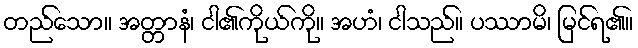
တည်သော။ အတ္တာနံ၊ ငါ၏ကိုယ်ကို။ အဟံ၊ ငါသည်။ ပဿာမိ၊ မြင်ရ၏။